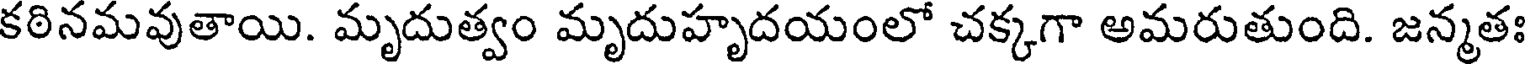
కఠినమవుతాయి. మృదుత్వం మృదుహృదయంలో చక్కగా అమరుతుంది. జన్మతః